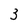
Character: 3